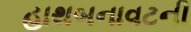
હાથબનાવટની